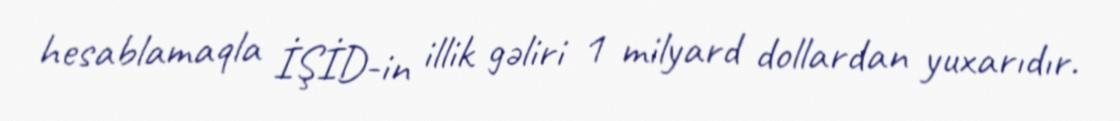
hesablamaqla İŞİD-in illik gəliri 1 milyard dollardan yuxarıdır.